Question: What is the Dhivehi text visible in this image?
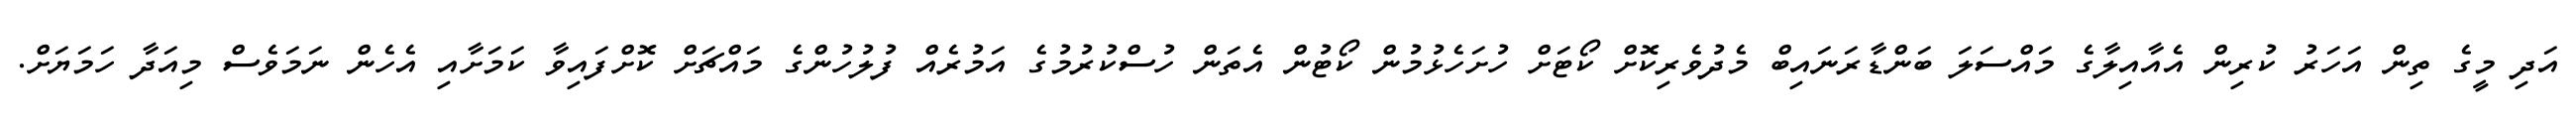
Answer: އަދި މީގެ ތިން އަހަރު ކުރިން އެއާއިލާގެ މައްސަލަ ބަންޑާރަނައިބް މެދުވެރިކޮށް ކޯޓަށް ހުށަހެޅުމުން ކޯޓުން އެތަން ހުސްކުރުމުގެ އަމުރެއް ފުލުހުންގެ މައްޗަށް ކޮށްފައިވާ ކަމަށާއި އެހެން ނަމަވެސް މިއަދާ ހަމަޔަށް.